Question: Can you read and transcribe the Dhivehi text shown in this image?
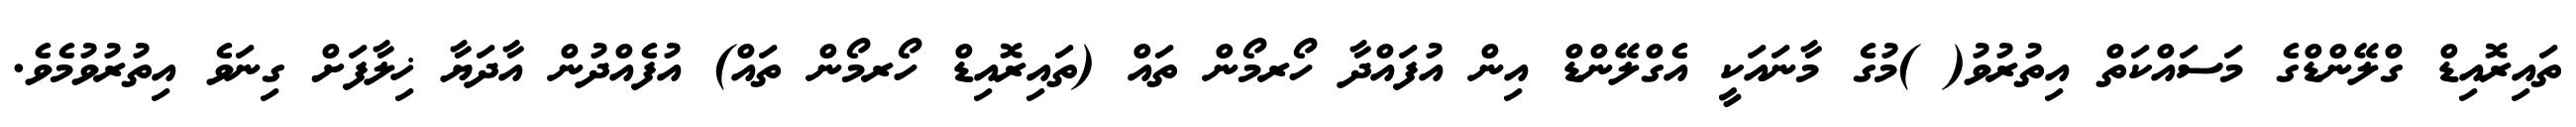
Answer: ތައިރޮއިޑް ގްލޭންޑްގެ މަސައްކަތް އިތުރުވު( )މުގެ މާނައަކީ އެގްލޭންޑް އިން އުފައްދާ ހޯރމޯން ތައް (ތައިރޮއިޑް ހޯރމޯން ތައް) އުފެއްދުން އާދަޔާ ޚިލާފަށް ގިނަވެ އިތުރުވުމެވެ.